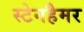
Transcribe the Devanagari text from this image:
स्टेनहैमर